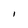
Character: I